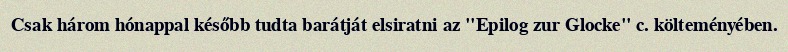
Csak három hónappal később tudta barátját elsiratni az "Epilog zur Glocke" c. költeményében.